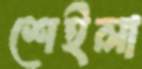
শেইলা